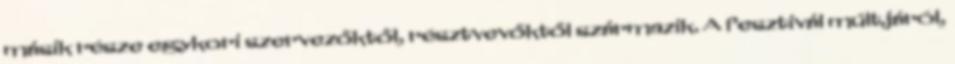
másik része egykori szervezőktől, résztvevőktől származik. A fesztivál múltjáról,